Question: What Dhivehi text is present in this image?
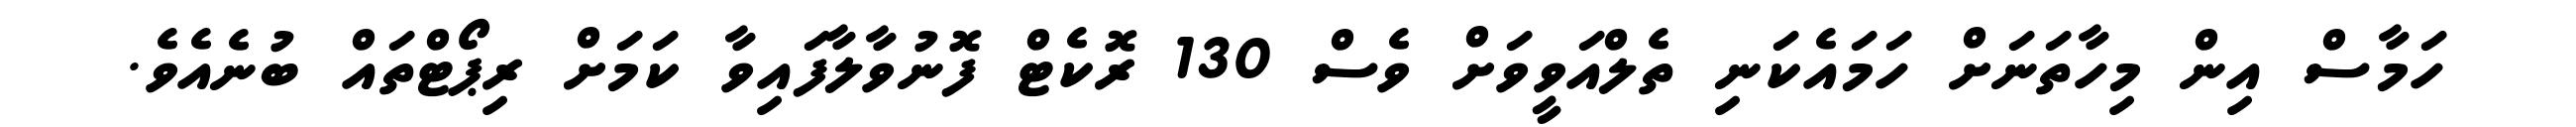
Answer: ހަމާސް އިން މިހާތަނަށް ހަމައެކަނި ތެލްއަވީވަށް ވެސް 130 ރޮކެޓް ފޮނުވާލާފައިވާ ކަމަށް ރިޕޯޓްތައް ބުނެއެވެ.